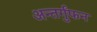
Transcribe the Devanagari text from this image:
अन्तर्गुंफन